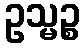
ဥသ္မဉ္စ